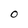
Character: O